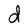
Character: d